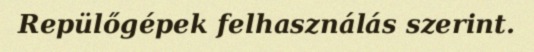
Repülőgépek felhasználás szerint.